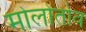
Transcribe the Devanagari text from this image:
मोलोतोव